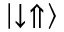
\lvert \downarrow \Uparrow \rangle